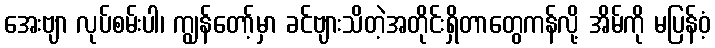
အေးဗျာ လုပ်စမ်းပါ၊ ကျွန်တော့်မှာ ခင်ဗျားသိတဲ့အတိုင်းရှိတာတွေကန်လို့ အိမ်ကို မပြန်ဝံ့